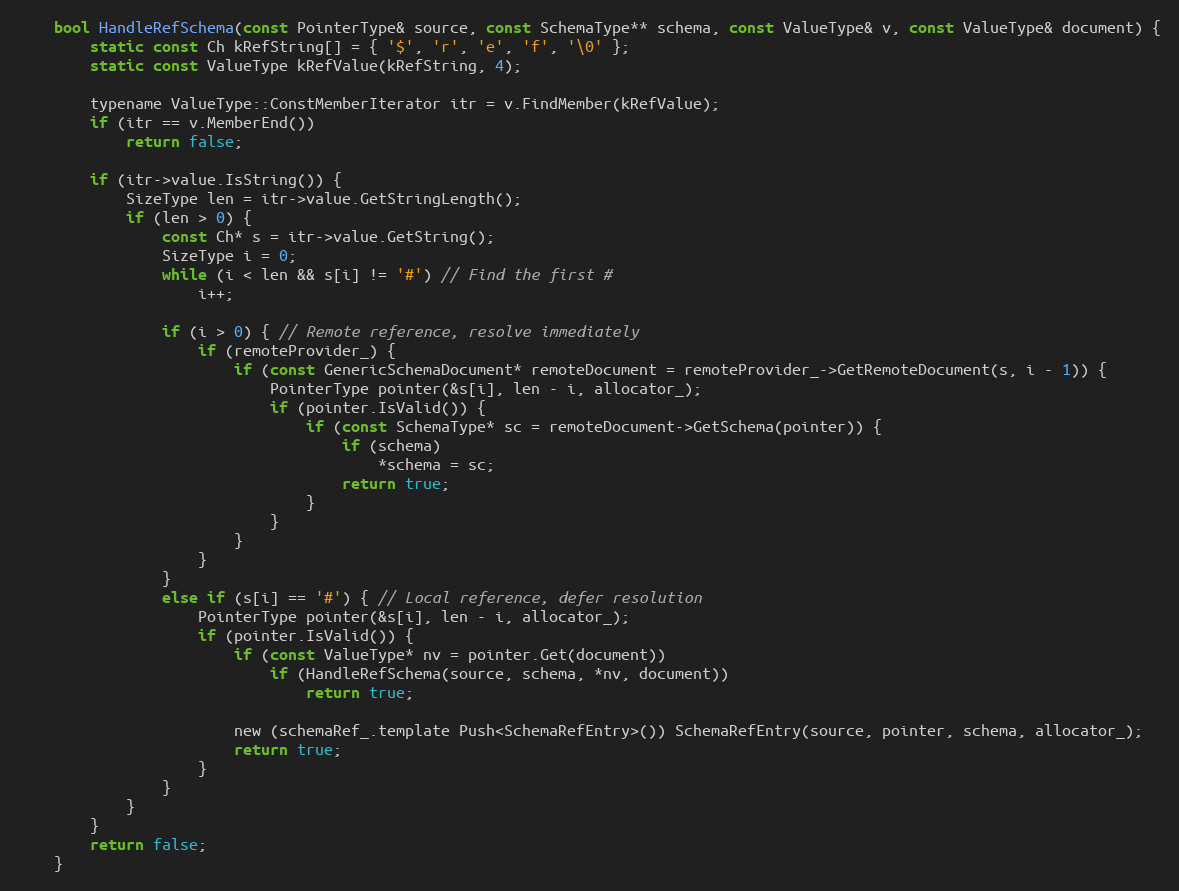
Language: C
    bool HandleRefSchema(const PointerType& source, const SchemaType** schema, const ValueType& v, const ValueType& document) {
        static const Ch kRefString[] = { '$', 'r', 'e', 'f', '\0' };
        static const ValueType kRefValue(kRefString, 4);

        typename ValueType::ConstMemberIterator itr = v.FindMember(kRefValue);
        if (itr == v.MemberEnd())
            return false;

        if (itr->value.IsString()) {
            SizeType len = itr->value.GetStringLength();
            if (len > 0) {
                const Ch* s = itr->value.GetString();
                SizeType i = 0;
                while (i < len && s[i] != '#') // Find the first #
                    i++;

                if (i > 0) { // Remote reference, resolve immediately
                    if (remoteProvider_) {
                        if (const GenericSchemaDocument* remoteDocument = remoteProvider_->GetRemoteDocument(s, i - 1)) {
                            PointerType pointer(&s[i], len - i, allocator_);
                            if (pointer.IsValid()) {
                                if (const SchemaType* sc = remoteDocument->GetSchema(pointer)) {
                                    if (schema)
                                        *schema = sc;
                                    return true;
                                }
                            }
                        }
                    }
                }
                else if (s[i] == '#') { // Local reference, defer resolution
                    PointerType pointer(&s[i], len - i, allocator_);
                    if (pointer.IsValid()) {
                        if (const ValueType* nv = pointer.Get(document))
                            if (HandleRefSchema(source, schema, *nv, document))
                                return true;

                        new (schemaRef_.template Push<SchemaRefEntry>()) SchemaRefEntry(source, pointer, schema, allocator_);
                        return true;
                    }
                }
            }
        }
        return false;
    }